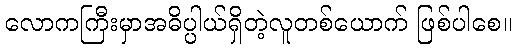
လောကကြီးမှာအဓိပ္ပါယ်ရှိတဲ့လူတစ်ယောက် ဖြစ်ပါစေ။